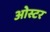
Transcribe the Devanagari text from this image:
ओस्टर